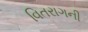
વિતરાગની